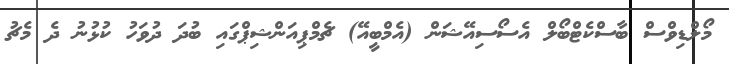
މޯލްޑިވްސް ބާސްކެޓްބޯލް އެސޯސިއޭޝަން (އެމްބީއޭ) ޗެމްޕިއަންޝިޕްގައި ބުދަ ދުވަހު ކުޅުނު ދެ މެޗު